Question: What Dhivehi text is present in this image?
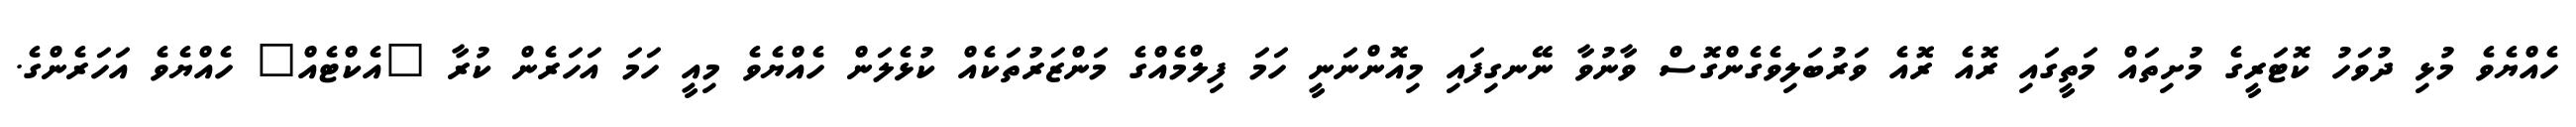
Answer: ހެއްޔެވެ މުޅި ދުވަހު ކޮޓަރީގެ މުށިތައް މަތީގައި ރޮއެ ރޮއެ ވަރުބަލިވެގެންގޮސް ވާނުވާ ނޭނގިފައި މިއޮންނަނީ ހަމަ ފިލްމެއްގެ މަންޒަރުތަކެއް ކުޅެލަން ހެއްޔެވެ މިއީ ހަމަ އަހަރެން ކުރާ "އެކްޓެއް" ހެއްޔެވެ އަހަރެންގެ.